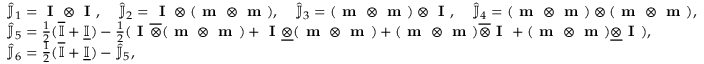
\begin{array} { r l } & { \hat { \mathbb { J } } _ { 1 } = \textbf { I } \otimes \textbf { I } , \quad \hat { \mathbb { J } } _ { 2 } = \textbf { I } \otimes ( \textbf { m } \otimes \textbf { m } ) , \quad \hat { \mathbb { J } } _ { 3 } = ( \textbf { m } \otimes \textbf { m } ) \otimes \textbf { I } , \quad \hat { \mathbb { J } } _ { 4 } = ( \textbf { m } \otimes \textbf { m } ) \otimes ( \textbf { m } \otimes \textbf { m } ) , } \\ & { \hat { \mathbb { J } } _ { 5 } = \frac { 1 } { 2 } ( \overline { { \mathbb { I } } } + \underline { { \mathbb { I } } } ) - \frac { 1 } { 2 } ( \textbf { I } \overline { { \otimes } } ( \textbf { m } \otimes \textbf { m } ) + \textbf { I } \underline { { \otimes } } ( \textbf { m } \otimes \textbf { m } ) + ( \textbf { m } \otimes \textbf { m } ) \overline { { \otimes } } \textbf { I } + ( \textbf { m } \otimes \textbf { m } ) \underline { { \otimes } } \textbf { I } ) , } \\ & { \hat { \mathbb { J } } _ { 6 } = \frac { 1 } { 2 } ( \overline { { \mathbb { I } } } + \underline { { \mathbb { I } } } ) - \hat { \mathbb { J } } _ { 5 } , } \end{array}